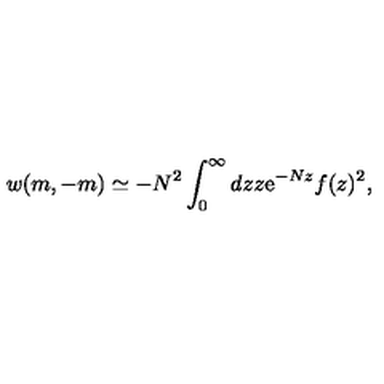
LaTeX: w ( m , - m ) \simeq - N ^ { 2 } \int _ { 0 } ^ { \infty } d z z \mathrm { e } ^ { - N z } f ( z ) ^ { 2 } ,